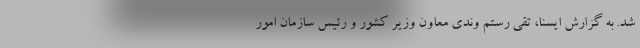
شد. به گزارش ایسنا، تقی رستم وندی معاون وزیر کشور و رئیس سازمان امور